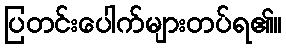
ပြတင်းပေါက်များတပ်ရ၏။